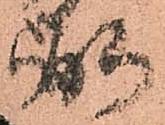
弼